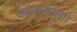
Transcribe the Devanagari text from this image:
दबाबसमूहों